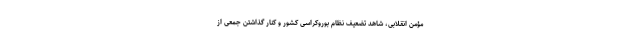
مؤمن انقلابی، شاهد تضعیف نظام بوروکراسی کشور و کنار گذاشتن جمعی از